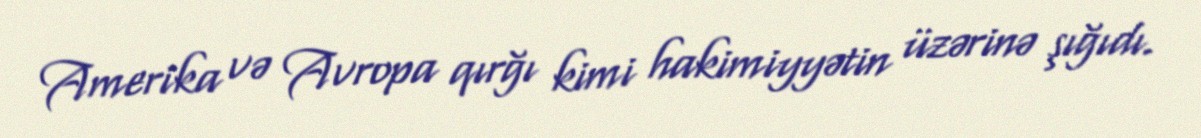
Amerika və Avropa qırğı kimi hakimiyyətin üzərinə şığıdı.